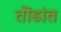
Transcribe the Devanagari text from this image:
तोंडांत